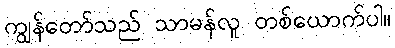
ကျွန်တော်သည် သာမန်လူ တစ်ယောက်ပါ။